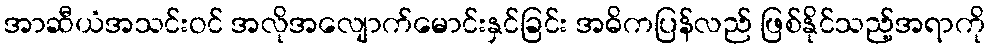
အာဆီယံအသင်းဝင် အလိုအလျောက်မောင်းနှင်ခြင်း အဓိကပြန်လည် ဖြစ်နိုင်သည့်အရာကို